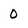
Character: 0